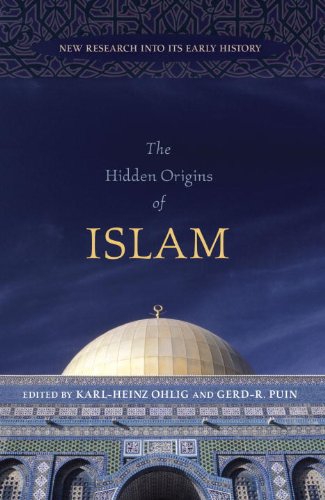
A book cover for The Hidden Origins of Islam: New Research into Its Early History; Religion & Spirituality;